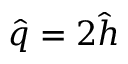
\hat { q } = 2 \hat { h }